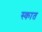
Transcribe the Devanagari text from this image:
स्कात